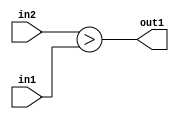
`timescale 1ps / 1ps
/*****************************************************************************
    Verilog RTL Description
    
    
    Created by: Stratus DpOpt 2019.1.01 
*******************************************************************************/

module st_feature_addr_gen_GreaterThan_16Ux19U_1U_4_3 (
	in2,
	in1,
	out1
	); /* architecture "behavioural" */ 
input [15:0] in2;
input [18:0] in1;
output  out1;
wire  asc001;

assign asc001 = (in2>in1);

assign out1 = asc001;
endmodule

/* CADENCE  ubHxTAg= : u9/ySgnWtBlWxVPRXgAZ4Og= ** DO NOT EDIT THIS LINE ******/